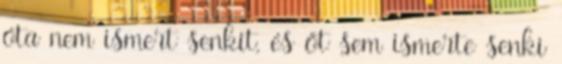
óta nem ismert senkit, és őt sem ismerte senki